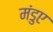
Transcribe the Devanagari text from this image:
मंडुए